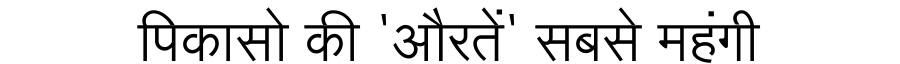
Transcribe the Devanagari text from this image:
पिकासो की 'औरतें' सबसे महंगी